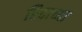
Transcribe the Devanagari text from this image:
रिदाच्या